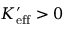
K _ { \mathrm { e f f } } ^ { \prime } > 0